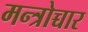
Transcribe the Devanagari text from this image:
मन्त्रोच्चार